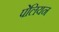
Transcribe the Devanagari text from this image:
पेलियन